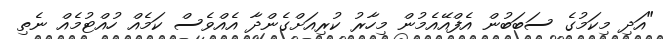
"އަދި މިކަމުގެ ސަބަބުން އެފްއޭއެމުން މިހާރު ކުރިއަށްގެންދާ އެއްވެސް ކަމެއް ހުއްޓުމެއް ނެތި